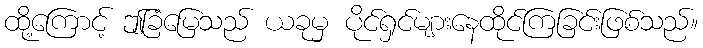
ထို့ကြောင့် ဤခြံမြေသည် ယခုမှ ပိုင်ရှင်များနေထိုင်ကြခြင်းဖြစ်သည်။